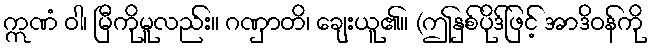
ဣဏံ ဝါ၊ မြီကိုမူလည်း။ ဂဏှာတိ၊ ချေးယူ၏။ (ဤနှစ်ပိုဒ်ဖြင့် အာဒိဝန်ကို